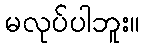
မလုပ်ပါဘူး။